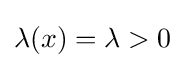
\textstyle \lambda (x)=\lambda >0